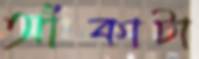
আঁকাটা